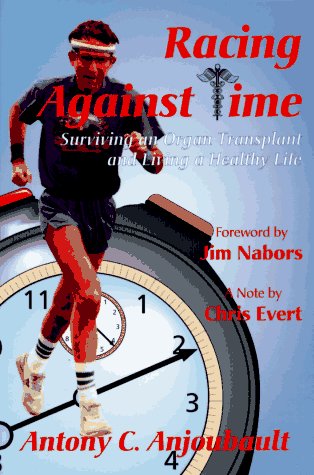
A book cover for Racing Against Time; Antony Anjoubault; Health, Fitness & Dieting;